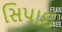
સિપાઈ